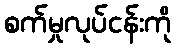
စက်မှုလုပ်ငန်းကို